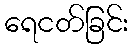
ရေငတ်ခြင်း